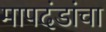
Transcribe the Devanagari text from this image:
मापदंडांचा